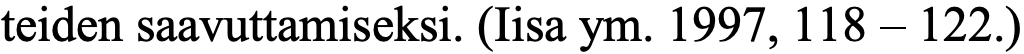
teiden saavuttamiseksi. (Iisa ym. 1997, 118 – 122.)